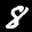
Label: 8